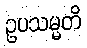
ဥပသမ္မတိ